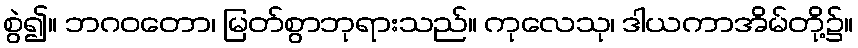
စွဲ၍။ ဘဂဝတော၊ မြတ်စွာဘုရားသည်။ ကုလေသု၊ ဒါယကာအိမ်တို့၌။